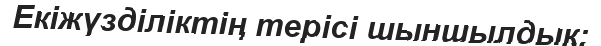
Екіжүзділіктің терісі шыншылдық;